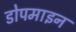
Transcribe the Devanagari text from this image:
डोपमाइन